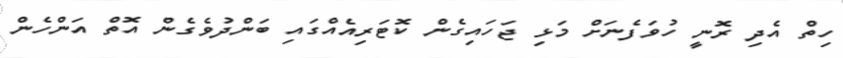
ހިތް އެދި ރޮނީ ހުވަފެނަށް މަޅި ޖަހައިގެން ކޮޓަރިއެއްގައި ބަންދުވެގެން އޮތް އަންހެން